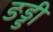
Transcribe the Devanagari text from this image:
ङड्डी